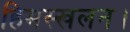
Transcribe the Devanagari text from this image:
हिमस्खलन।